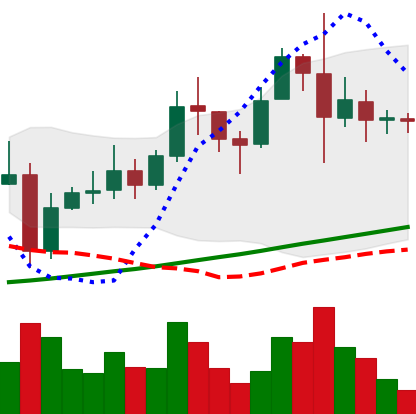
Ticker: XRP-USD
Chart end date: 2021-11-14
Forward return: -8.17%
Label: down_7plus